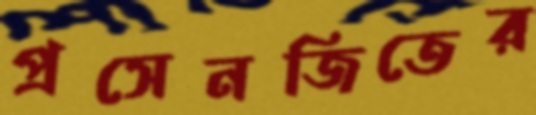
প্রসেনজিতের